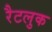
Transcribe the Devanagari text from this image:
रैटलुक